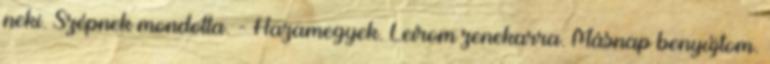
neki. Szépnek mondotta. - Hazamegyek. Leírom zenekarra. Másnap benyújtom.